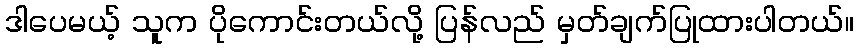
ဒါပေမယ့် သူက ပိုကောင်းတယ်လို့ ပြန်လည် မှတ်ချက်ပြုထားပါတယ်။